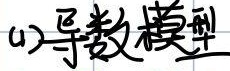
(1)导数模型